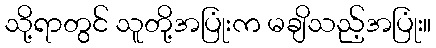
သို့ရာတွင် သူတို့အပြုံးက မချိသည့်အပြုံး။